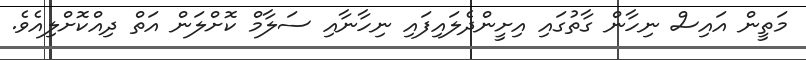
މަތީން އައިސް ނިހާން ގާތުގައި އިށީންދެލައިފައި ނިހާނާއި ސަލާމް ކޮށްލަން އަތް ދިއްކޮށްލިއެވެ.